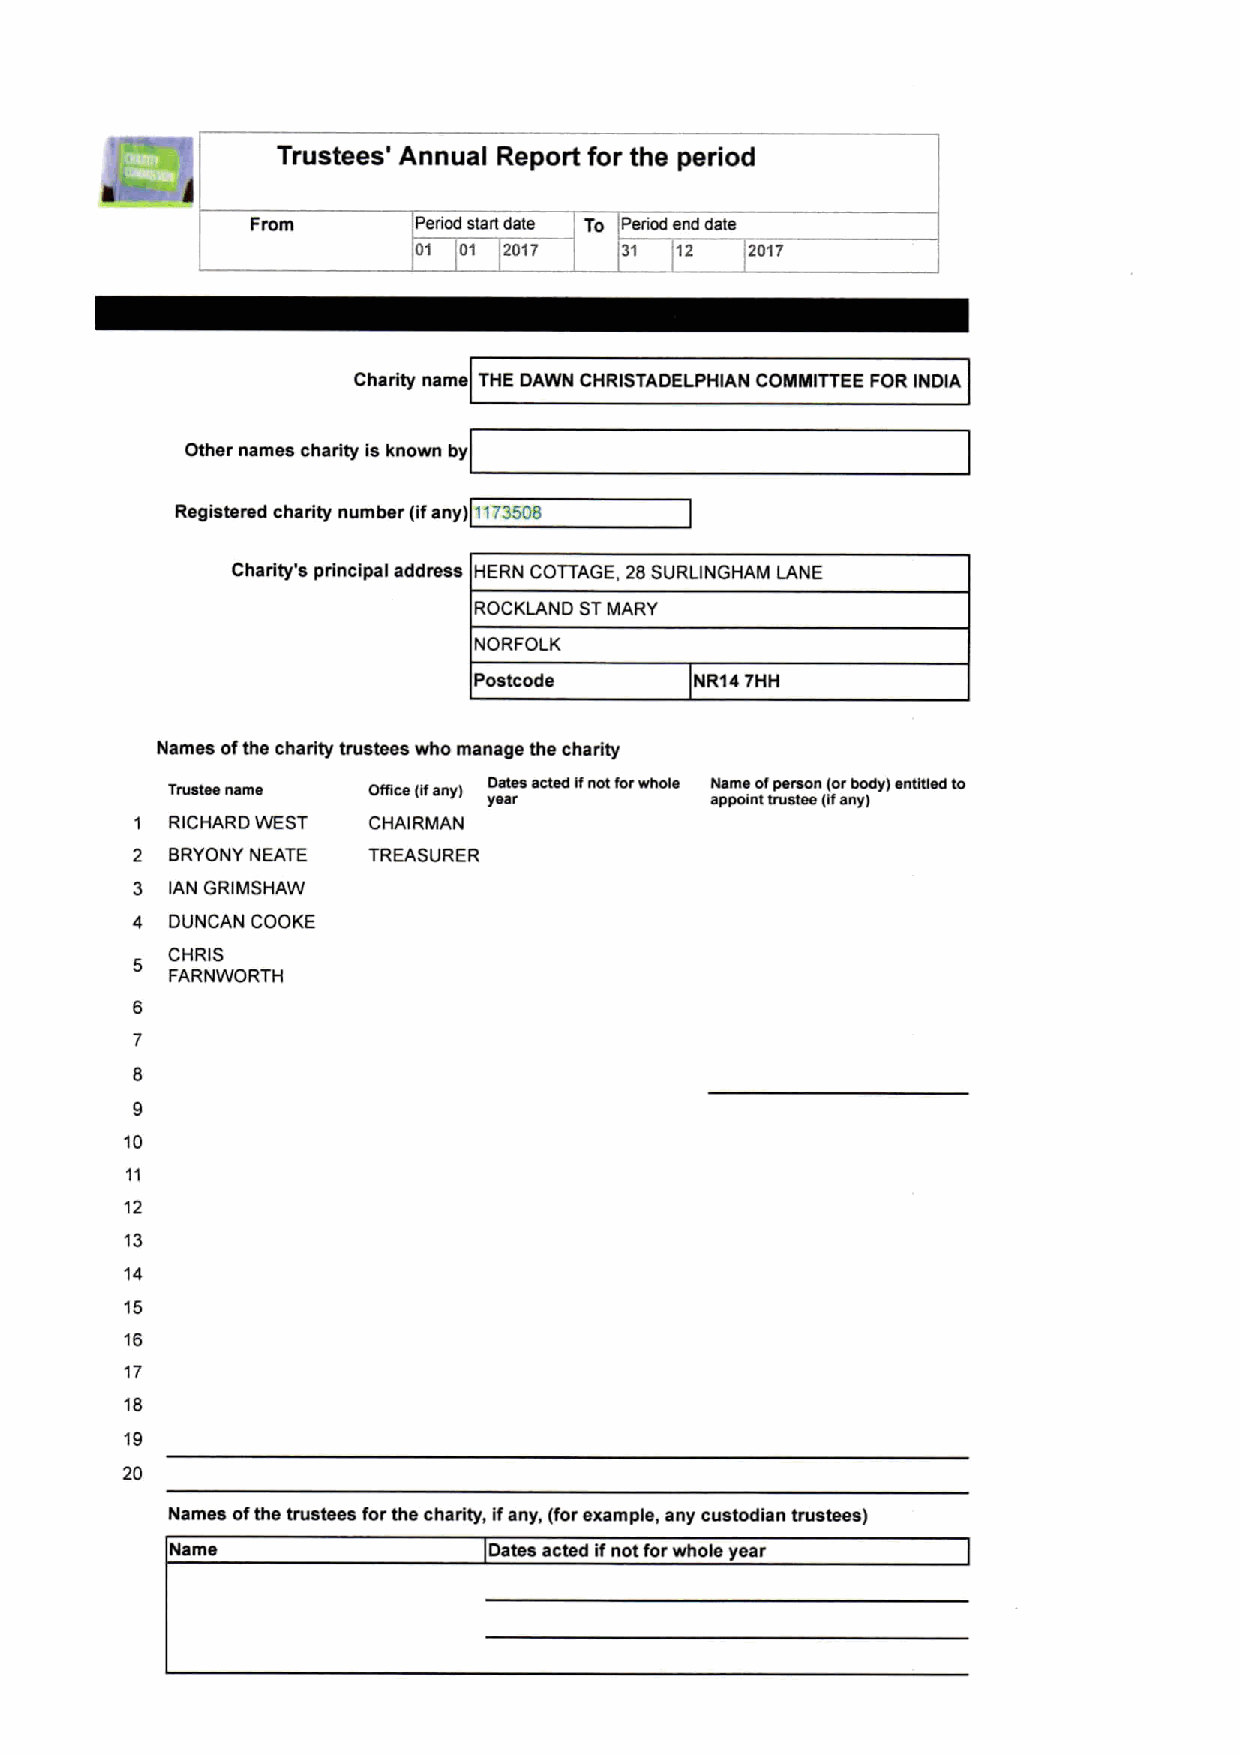
K3         Trustees' Annual Report for the period
 Fmm        Period start date To Period end date
 01 01 2017   31  12   2017
 Charity name THE DAWN CHRISTADELPHIAN COMMITTEE FOR INDIA
 Other names charity is known by
 Registered charity number (ifany) 1173508
 Charity's principal address HERN COTTAGE, 28SURLINGHAM LANE
 ROCKLAND STMARY
 NORFOLK
 Postcode       NR14 THH
 Names ofthe charity trustees who manage the charity
 Trustee name         Dates anted lfnot forwhole Name ofpemon Iorbody) entaled to
 year           appolrrl uuatrm afany)
 1 RICHARD WEST CHAIRMAN
 2 8RYONY NEATE TREASURER
 3 IAN GRIMSHAW
 4 DUNCAN COOKE
 CHRIS
 FARNWORTH
 10
 12
 13
 14
 15
 16
 17
 18
 20
 Names ofthe trustees forthe charity, ifany, (forexample, any custodian trustees)
 Name                 Dates acted ifnot forwhole year